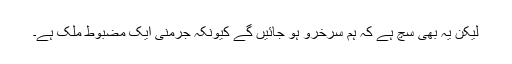
لیکن یہ بھی سچ ہے کہ ہم سرخرو ہو جائیں گے کیونکہ جرمنی ایک مضبوط ملک ہے۔